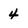
Character: 4